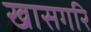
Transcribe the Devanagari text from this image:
खासगरि